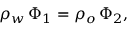
\rho _ { w } \, \Phi _ { 1 } = \rho _ { o } \, \Phi _ { 2 } ,